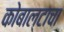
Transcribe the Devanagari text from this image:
कोबाल्टाचा